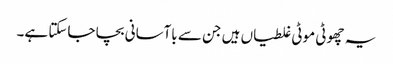
یہ چھوٹی موٹی غلطیاں ہیں جن سے باآسانی بچا جاسکتا ہے۔